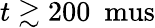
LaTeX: t\gtrsim 200~\mathrm{\ mus}